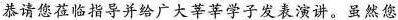
恭请您莅临指导并给广大莘莘学子发表演讲。虽然您